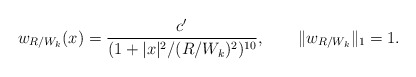
\begin{align*} w_{R/W_k}(x)=\frac{c'}{(1+|x|^2/(R/W_k)^2)^{10}},\qquad\|w_{R/W_k}\|_1=1. \end{align*}